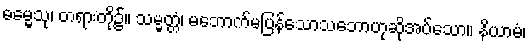
ဓမ္မေသု၊ တရားတို့၌။ သမ္မတ္တံ၊ မဘောက်မပြန်သောသဘောဟုဆိုအပ်သော။ နိယာမံ၊